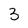
Character: 3